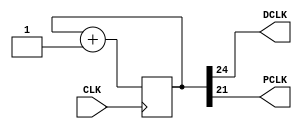
module clkd(input CLK,output  DCLK, output PCLK);     //Clock divider
	reg [24:0] temp = 25'd0;
	always @(posedge CLK)
	begin
		temp <= temp + 1'b1;
	end
	assign DCLK = temp[24];
	assign PCLK = temp[21];
endmodule




module design_lab   (
out ,  // Output of the counter
CLK       
);

output out;
reg [3:0] i=0;
reg [1:0] count=0;
//reg f=0;
input CLK;
reg out;
reg [2:0] temp;
wire linear_feedback;

assign linear_feedback = (temp[0] ^ temp[2]);    //PRBS generation
clkd c1(CLK, CLK1, CLK2);



always @(posedge CLK1) begin
 $display("%b",out);
 
if(i!=4'b1010) begin                            //for 10 bit quantization

/*if (reset) begin // active high reset
  temp = 3'b0 ;
  out=1'b0;
end*/
if(!temp) temp=3'b111;
else begin
  temp = {temp[1],temp[0],linear_feedback};
  out=temp[2]^CLK1; 
  end
  
  i<=i+1;
end
  
else begin
case(count)
2'b00: out=1'b1;                             //Adding end bit(here 1111)
2'b01: out=1'b1;
2'b10: out=1'b1;
2'b11: begin out=1'b1;i<=0;end
endcase
count<=count+1;
end
  
end

endmodule